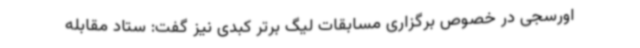
اورسجی در خصوص برگزاری مسابقات لیگ برتر کبدی نیز گفت: ستاد مقابله